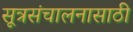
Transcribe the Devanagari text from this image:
सूत्रसंचालनासाठी